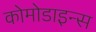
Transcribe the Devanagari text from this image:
कोमोडाइन्स